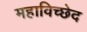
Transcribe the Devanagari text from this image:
महाविच्छेद